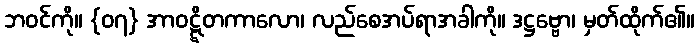
ဘဝင်ကို။ {၀၇} အာဝဋ္ဋိတကာလော၊ လည်စေအပ်ရာအခါကို။ ဒဋ္ဌဗ္ဗော၊ မှတ်ထိုက်၏။